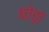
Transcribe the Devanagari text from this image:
चोड़ा